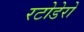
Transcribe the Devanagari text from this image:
रटोडेरो